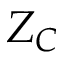
Z _ { C }